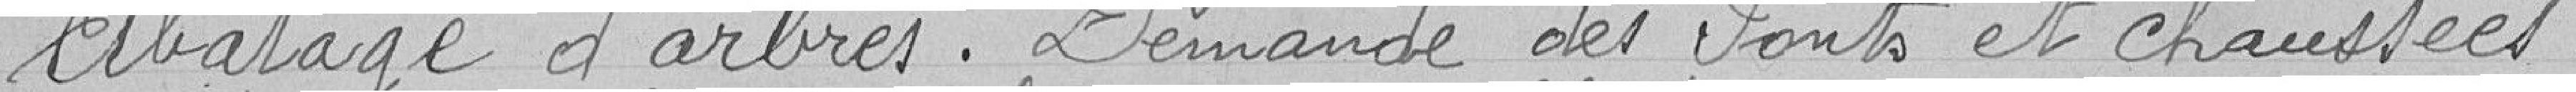
Abattage d'arbres. Demande des Ponts et chaussées .